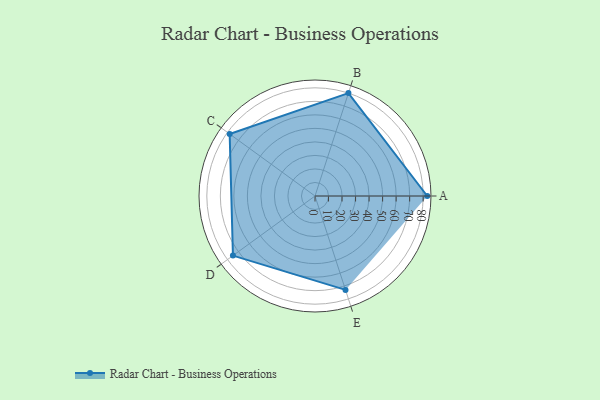
{"axis": {"x": "Skill", "y": "Score"}, "legend": ["Profile"], "data": [{"x": "A", "y": 83.0, "type": "Profile"}, {"x": "B", "y": 80.0, "type": "Profile"}, {"x": "C", "y": 78.0, "type": "Profile"}, {"x": "D", "y": 75.0, "type": "Profile"}, {"x": "E", "y": 73.0, "type": "Profile"}]}